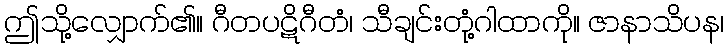
ဤသို့လျှောက်၏။ ဂီတပဋိဂီတံ၊ သီချင်းတုံ့ဂါထာကို။ ဇာနာသိပန၊